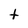
Character: t